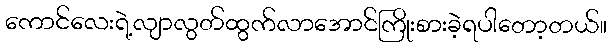
ကောင်လေးရဲ့လျာလွတ်ထွက်လာအောင်ကြိုးစားခဲ့ရပါတော့တယ်။